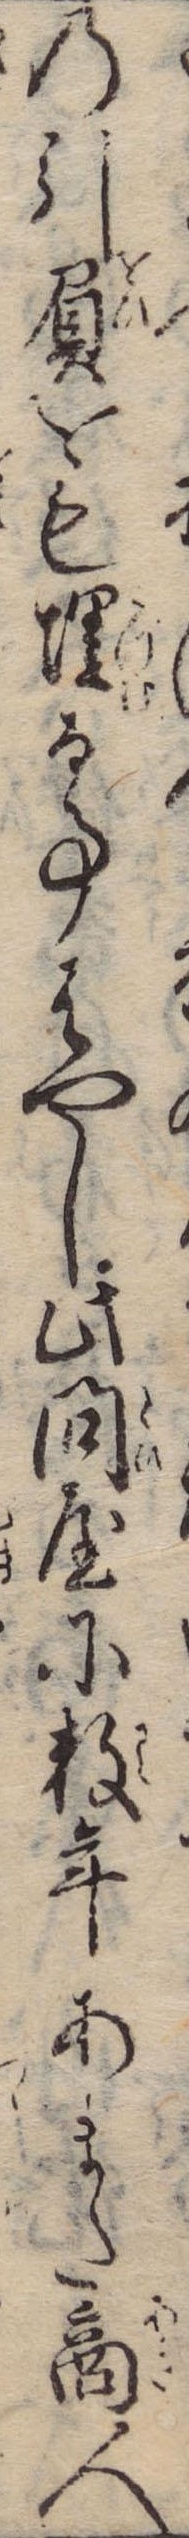
の引負をも埋る事はやし此問屋に数年あまた商人